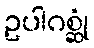
ဥပါဂစ္ဆုံ